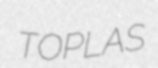
TOPLAS